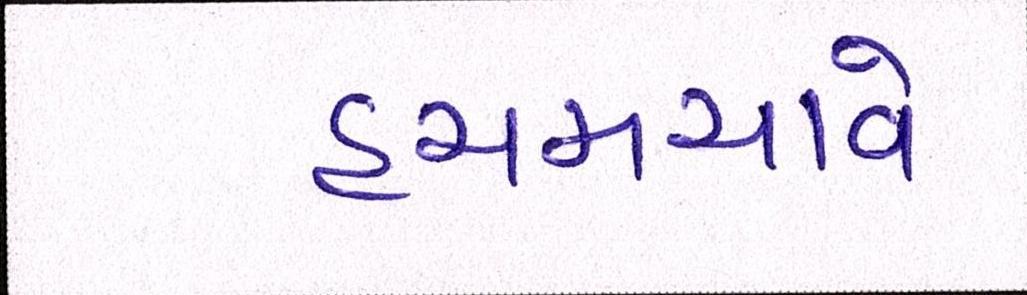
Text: હચમચાવે